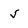
Character: 5